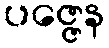
ပဇ္ဇေန